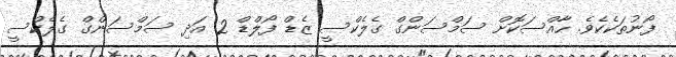
ފޯނުތަކެކެވެ. ހާއްސަކޮށް ސަމްސަންގް ގެލެކްސީ ޒެޑް ފޯލްޑް 2 އަދި ސަމްސަންގް ގެލެކްސީ